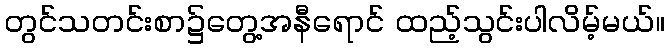
တွင်သတင်းစာ၌တွေ့အနီရောင် ထည့်သွင်းပါလိမ့်မယ်။